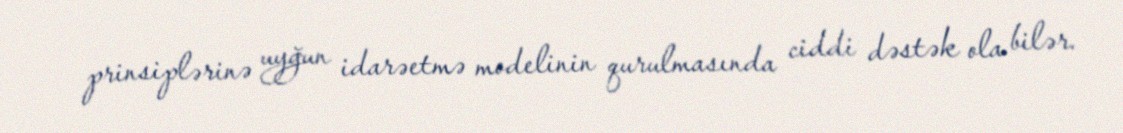
prinsiplərinə uyğun idarəetmə modelinin qurulmasında ciddi dəstək ola bilər.